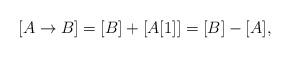
LaTeX: \begin{align*}[A \rightarrow B] = [B] + [A[1]] = [B] - [A],\end{align*}